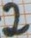
Text: 2